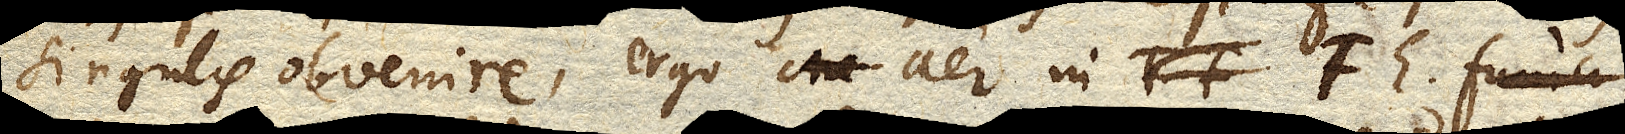
singulis obvenire, ergo aer in FE